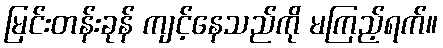
မြင်းတန်းခုန် ကျင့်နေသည်ကို မကြည့်ရက်။